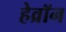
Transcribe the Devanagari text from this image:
हेव्रॉन